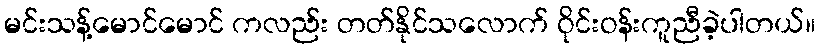
မင်းသန့်မောင်မောင် ကလည်း တတ်နိုင်သလောက် ဝိုင်းဝန်းကူညီခဲ့ပါတယ်။